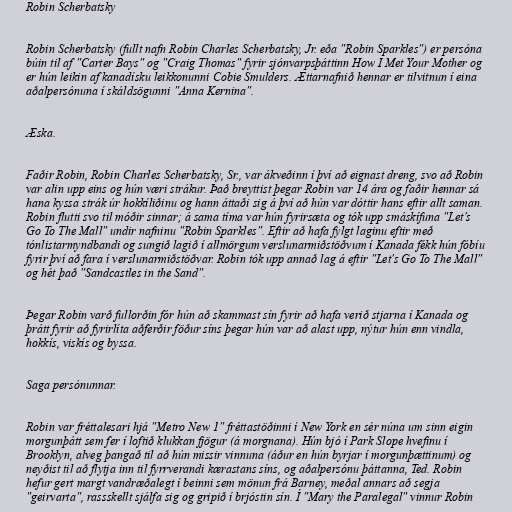
Robin Scherbatsky

Robin Scherbatsky (fullt nafn Robin Charles Scherbatsky, Jr. eða "Robin Sparkles") er persóna
búin til af "Carter Bays" og "Craig Thomas" fyrir sjónvarpsþáttinn How I Met Your Mother og
er hún leikin af kanadísku leikkonunni Cobie Smulders. Ættarnafnið hennar er tilvitnun í eina
aðalpersónuna í skáldsögunni "Anna Kernina".

Æska.

Faðir Robin, Robin Charles Scherbatsky, Sr., var ákveðinn í því að eignast dreng, svo að Robin
var alin upp eins og hún væri strákur. Það breyttist þegar Robin var 14 ára og faðir hennar sá
hana kyssa strák úr hokkíliðinu og hann áttaði sig á því að hún var dóttir hans eftir allt saman.
Robin flutti svo til móðir sinnar; á sama tíma var hún fyrirsæta og tók upp smáskífuna "Let's
Go To The Mall" undir nafninu "Robin Sparkles". Eftir að hafa fylgt laginu eftir með
tónlistarmyndbandi og sungið lagið í allmörgum verslunarmiðstöðvum í Kanada fékk hún fóbíu
fyrir því að fara í verslunarmiðstöðvar. Robin tók upp annað lag á eftir "Let's Go To The Mall"
og hét það "Sandcastles in the Sand".

Þegar Robin varð fullorðin fór hún að skammast sín fyrir að hafa verið stjarna í Kanada og
þrátt fyrir að fyrirlíta aðferðir föður síns þegar hún var að alast upp, nýtur hún enn vindla,
hokkís, viskís og byssa.

Saga persónunnar.

Robin var fréttalesari hjá "Metro New 1" fréttastöðinni í New York en sér núna um sinn eigin
morgunþátt sem fer í loftið klukkan fjögur (á morgnana). Hún bjó í Park Slope hvefinu í
Brooklyn, alveg þangað til að hún missir vinnuna (áður en hún byrjar í morgunþættinum) og
neyðist til að flytja inn til fyrrverandi kærastans síns, og aðalpersónu þáttanna, Ted. Robin
hefur gert margt vandræðalegt í beinni sem mönun frá Barney, meðal annars að segja
"geirvarta", rassskellt sjálfa sig og gripið í brjóstin sín. Í "Mary the Paralegal" vinnur Robin